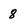
Character: 8